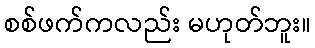
စစ်ဖက်ကလည်း မဟုတ်ဘူး။